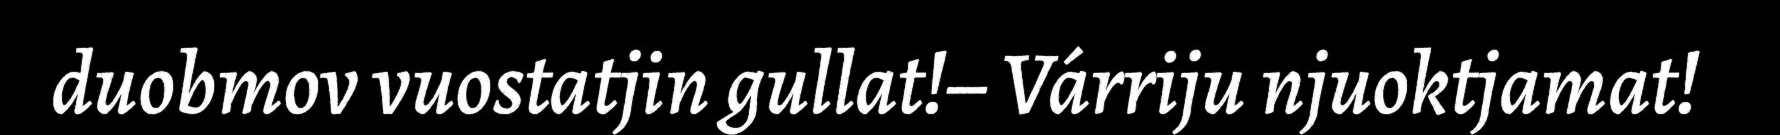
duobmov vuostatjin gullat!– Várriju njuoktjamat!